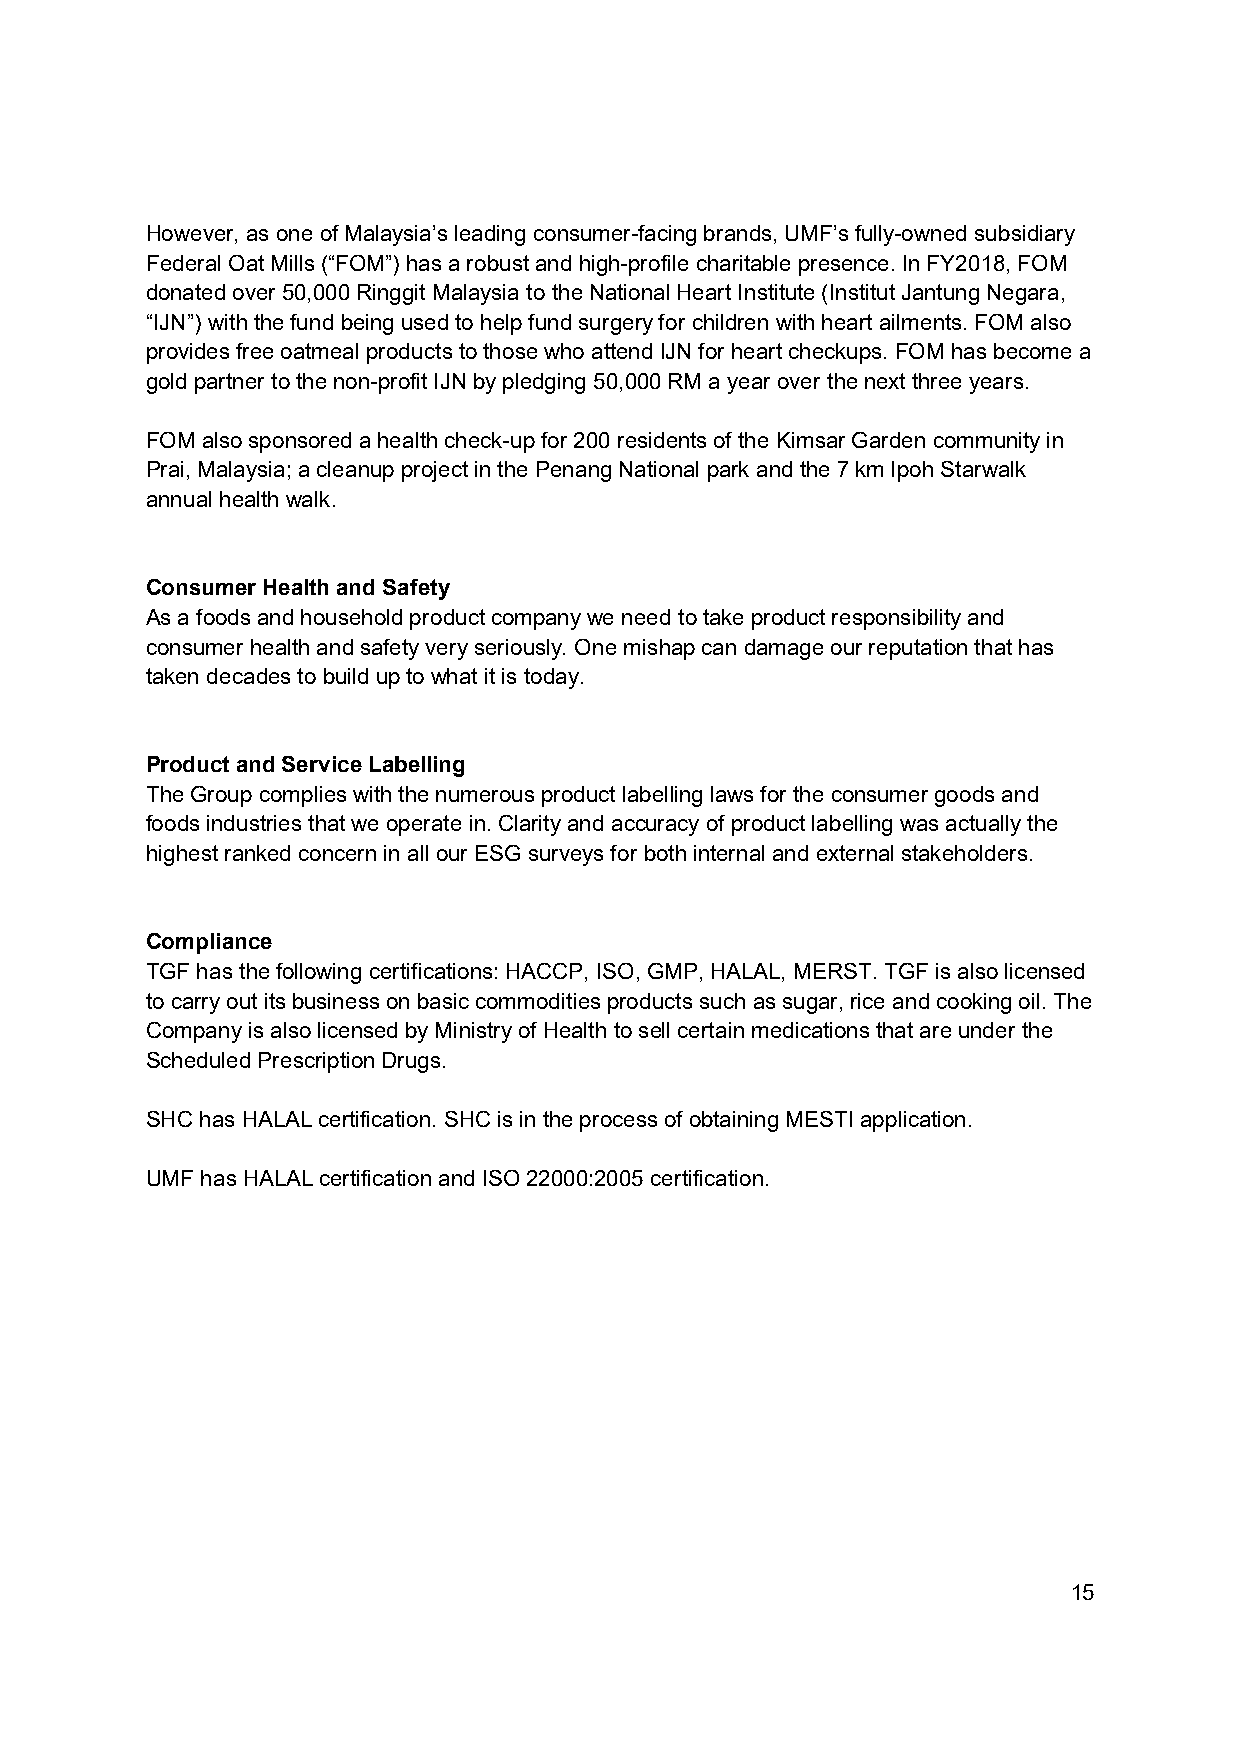
However, as one of Malaysia’s leading consumer-facing brands, UMF’s fully-owned subsidiary
 Federal Oat Mills (“FOM”) has a robust and high-profile charitable presence. In FY2018, FOM
 donated over 50,000 Ringgit Malaysia to the National Heart Institute (Institut Jantung Negara,
 “IJN”) with the fund being used to help fund surgery for children with heart ailments. FOM also
 provides free oatmeal products to those who attend IJN for heart checkups. FOM has become a
 gold partner to the non-profit IJN by pledging 50,000 RM a year over the next three years.
 FOM also sponsored a health check-up for 200 residents of the Kimsar Garden community in
 Prai, Malaysia; a cleanup project in the Penang National park and the 7 km Ipoh Starwalk
 annual health walk.
 Consumer Health and Safety
 As a foods and household product company we need to take product responsibility and
 consumer health and safety very seriously. One mishap can damage our reputation that has
 taken decades to build up to what it is today.
 Product and Service Labelling
 The Group complies with the numerous product labelling laws for the consumer goods and
 foods industries that we operate in. Clarity and accuracy of product labelling was actually the
 highest ranked concern in all our ESG surveys for both internal and external stakeholders.
 Compliance
 TGF has the following certifications: HACCP, ISO, GMP, HALAL, MERST. TGF is also licensed
 to carry out its business on basic commodities products such as sugar, rice and cooking oil. The
 Company is also licensed by Ministry of Health to sell certain medications that are under the
 Scheduled Prescription Drugs.
 SHC has HALAL certification. SHC is in the process of obtaining MESTI application.
 UMF has HALAL certification and ISO 22000:2005 certification.
 15